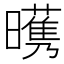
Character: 𣋭